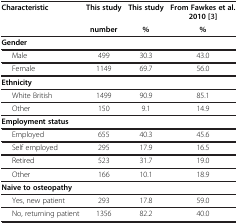
| Characteristic | This study | This study | From Fawkes et al. 2010 [[3]] |
 |  | number | % | % |
 | --- | --- | --- | --- |
 | Gender |  |  |  |
 | Male | 499 | 30.3 | 43.0 |
 | Female | 1149 | 69.7 | 56.0 |
 | Ethnicity |  |  |  |
 | White British | 1499 | 90.9 | 85.1 |
 | Other | 150 | 9.1 | 14.9 |
 | Employment status |  |  |  |
 | Employed | 655 | 40.3 | 45.6 |
 | Self employed | 295 | 17.9 | 16.5 |
 | Retired | 523 | 31.7 | 19.0 |
 | Other | 166 | 10.1 | 18.9 |
 | Naive to osteopathy |  |  |  |
 | Yes, new patient | 293 | 17.8 | 59.0 |
 | No, returning patient | 1356 | 82.2 | 40.0 |